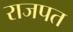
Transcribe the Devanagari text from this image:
राजपत